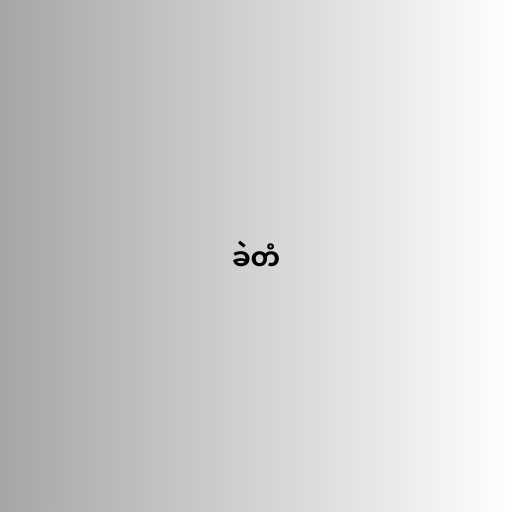
ခဲတံ